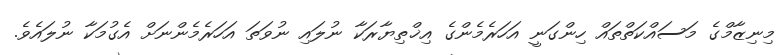
މިނިޒާމްގެ މަސައްކަތްތައް ހިންގަނީ އަހަރެމެންގެ އިޚްތިޔާރަކާ ނުލައި ނުވަތަ އަހަރެމެންނަށް އެގުމަކާ ނުލައެވެ.